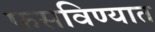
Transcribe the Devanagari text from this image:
फसविण्यात